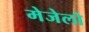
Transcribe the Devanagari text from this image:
मेजेलो